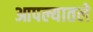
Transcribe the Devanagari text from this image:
आपल्यातले